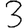
Digit: 3